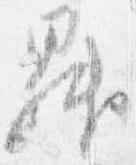
昇